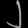
Digit: ၂